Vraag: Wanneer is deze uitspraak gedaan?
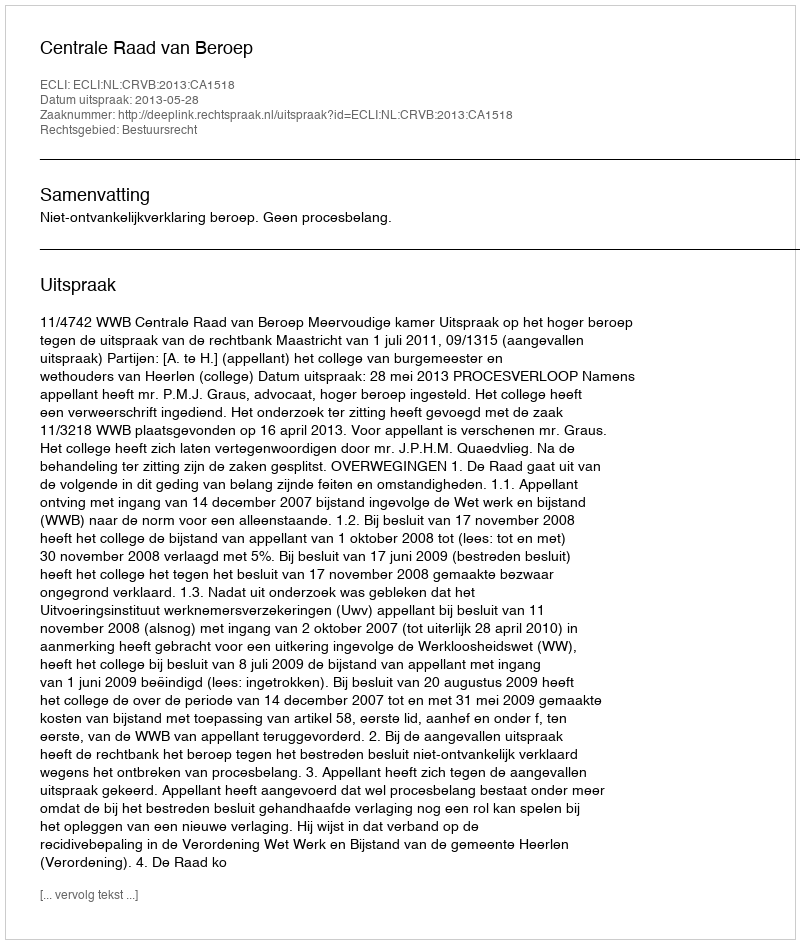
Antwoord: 2013-05-28